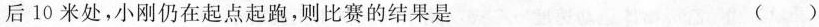
后10米处，小刚仍在起点起跑，则比赛的结果是 ()